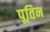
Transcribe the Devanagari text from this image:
पूतिन